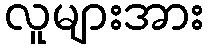
လူများအား